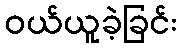
ဝယ်ယူခဲ့ခြင်း